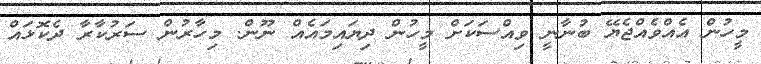
މީހުން އެއްވެއްޖެޔޭ ބުނާނީ ވިއްސަކަށް މީހުން ދިޔައިމައެއް ނޫން. މިހާރުން ސަރުކާރާ ދެކޮޅައް